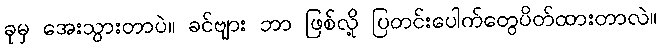
ခုမှ အေးသွားတာပဲ။ ခင်ဗျား ဘာ ဖြစ်လို့ ပြတင်းပေါက်တွေပိတ်ထားတာလဲ။